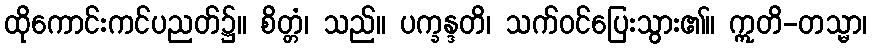
ထိုကောင်းကင်ပညတ်၌။ စိတ္တံ၊ သည်။ ပက္ခန္ဒတိ၊ သက်ဝင်ပြေးသွား၏။ ဣတိ-တသ္မာ၊